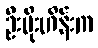
ဦးမိုးဟိန်းက